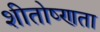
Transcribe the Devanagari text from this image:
शीतोष्णता